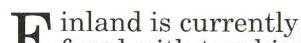
Finland is currently